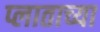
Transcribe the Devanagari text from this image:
प्लाताच्या